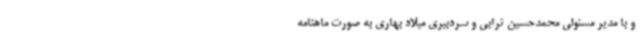
و با مدیر مسئولی محمدحسین ترابی و سردبیری میلاد بهاری به صورت ماهنامه